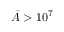
\ensuremath { \bar { A } } > 1 0 ^ { 7 }